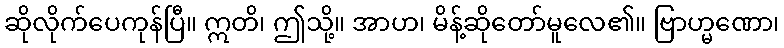
ဆိုလိုက်ပေကုန်ပြီ။ ဣတိ၊ ဤသို့။ အာဟ၊ မိန့်ဆိုတော်မူလေ၏။ ဗြာဟ္မဏော၊